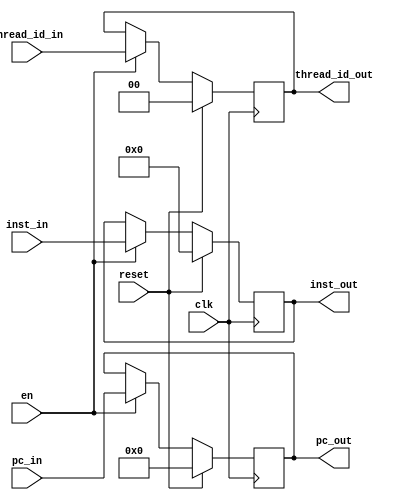
`timescale 1ns / 1ps
//////////////////////////////////////////////////////////////////////////////////
// Company: 
// Engineer: 
// 
// Design Name: 
// Module Name:    pipe_fetch_decode 
// Project Name: 
// Target Devices: 
// Tool versions: 
// Description: 
//
// Dependencies: 
//
// Revision: 
// Revision 0.01 - File Created
// Additional Comments: 
//
//////////////////////////////////////////////////////////////////////////////////


module pipe_fetch_decode
   #(parameter DATAPATH_WIDTH = 64,
	  parameter REGFILE_ADDR_WIDTH = 5,
	  parameter INST_ADDR_WIDTH = 9,
	  parameter THREAD_BITS = 2)

   (input [31:0] inst_in,
	 input [THREAD_BITS-1:0] thread_id_in,
	 input clk,
	 input en,
	 input reset, 
	 input [INST_ADDR_WIDTH-1:0] pc_in,
    output reg [31:0] inst_out,
	 output reg [INST_ADDR_WIDTH-1:0] pc_out,
	 output reg [THREAD_BITS-1:0]	thread_id_out);
	 
always @ (posedge clk) 
  begin
	 if (reset) begin
		inst_out <= 'd0;
		pc_out <= 'd0;
		thread_id_out <= 'd0;
	 end
	 else if (en) begin
		inst_out <= inst_in;
		pc_out <= pc_in;
		thread_id_out <= thread_id_in;
	 end
  end
endmodule